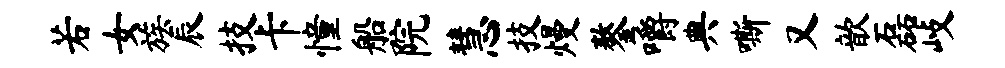
若女族辰技卡憧船院慧技熳鏊嚼典嘶又歆磊歧